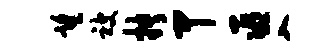
望被抉甲巫入